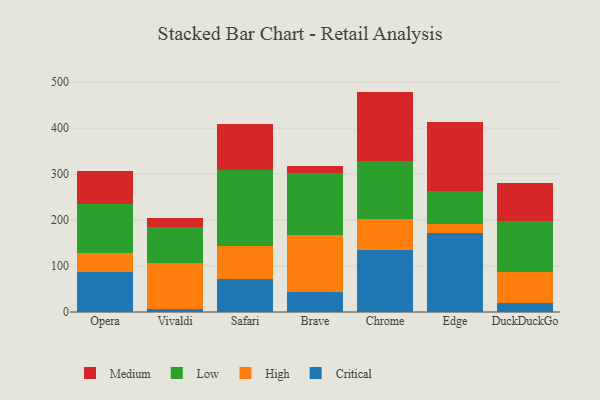
{"axis": {"x": "Browser", "y": "Operating Costs (USD K)"}, "legend": ["Critical", "High", "Low", "Medium"], "data": [{"x": "Opera", "y": 87.2, "type": "Critical"}, {"x": "Opera", "y": 40.4, "type": "High"}, {"x": "Opera", "y": 107.4, "type": "Low"}, {"x": "Opera", "y": 71.1, "type": "Medium"}, {"x": "Vivaldi", "y": 5.6, "type": "Critical"}, {"x": "Vivaldi", "y": 101.2, "type": "High"}, {"x": "Vivaldi", "y": 78.5, "type": "Low"}, {"x": "Vivaldi", "y": 19.3, "type": "Medium"}, {"x": "Safari", "y": 72.1, "type": "Critical"}, {"x": "Safari", "y": 71.9, "type": "High"}, {"x": "Safari", "y": 164.6, "type": "Low"}, {"x": "Safari", "y": 100.7, "type": "Medium"}, {"x": "Brave", "y": 44.3, "type": "Critical"}, {"x": "Brave", "y": 124.2, "type": "High"}, {"x": "Brave", "y": 134.8, "type": "Low"}, {"x": "Brave", "y": 15.1, "type": "Medium"}, {"x": "Chrome", "y": 134.2, "type": "Critical"}, {"x": "Chrome", "y": 68.1, "type": "High"}, {"x": "Chrome", "y": 126.2, "type": "Low"}, {"x": "Chrome", "y": 151.1, "type": "Medium"}, {"x": "Edge", "y": 172.7, "type": "Critical"}, {"x": "Edge", "y": 19.6, "type": "High"}, {"x": "Edge", "y": 71.6, "type": "Low"}, {"x": "Edge", "y": 149.0, "type": "Medium"}, {"x": "DuckDuckGo", "y": 19.0, "type": "Critical"}, {"x": "DuckDuckGo", "y": 67.2, "type": "High"}, {"x": "DuckDuckGo", "y": 111.8, "type": "Low"}, {"x": "DuckDuckGo", "y": 83.4, "type": "Medium"}]}